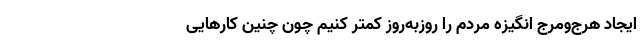
ایجاد هرج‌ومرج انگیزه مردم را روزبه‌روز کمتر کنیم چون چنین کارهایی